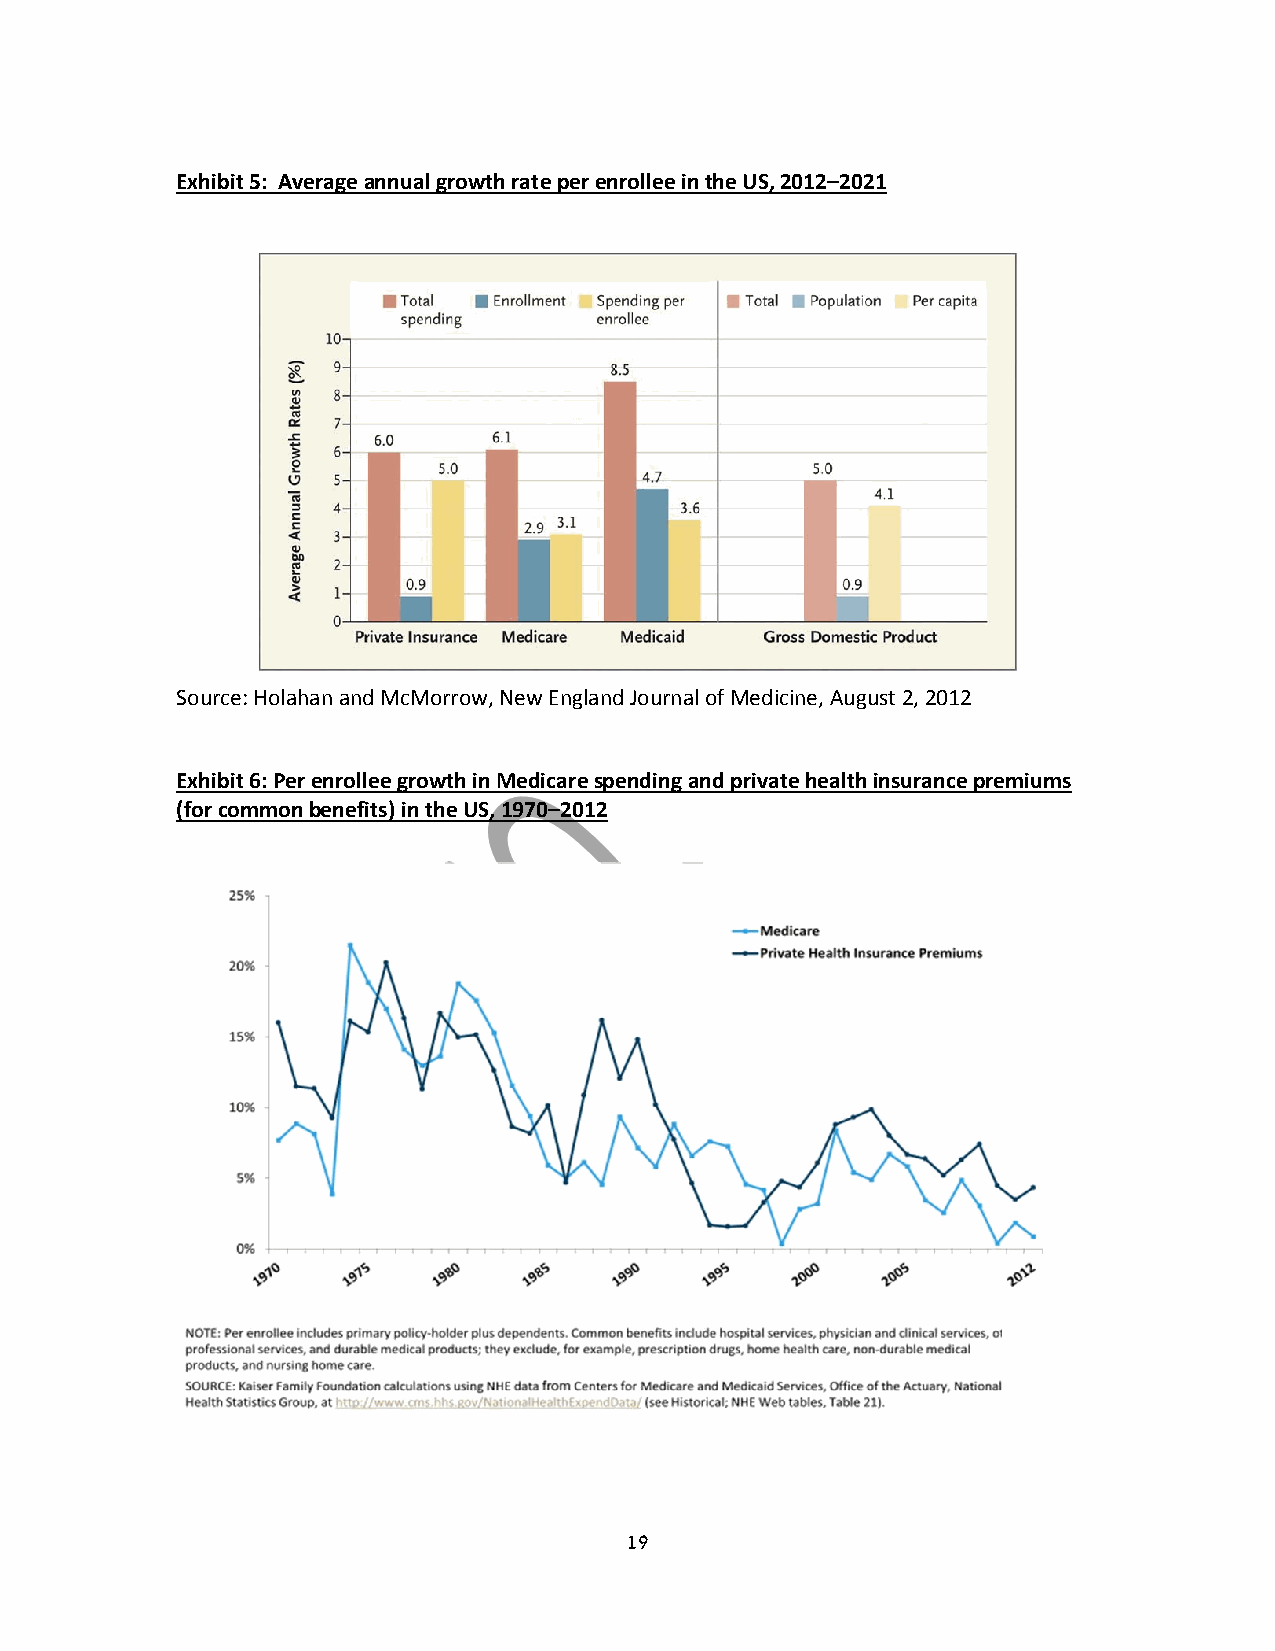
Exhibit 5: Average annual growth rate per enrollee in the US, 2012–2021
 Source: Holahan and McMorrow, New England Journal of Medicine, August 2, 2012
 Exhibit 6: Per enrollee growth in Medicare spending and private health insurance premiums
 (for common benefits) in the US, 1970–2012
 19